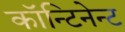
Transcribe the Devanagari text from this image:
कॉन्टिनेन्ट